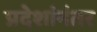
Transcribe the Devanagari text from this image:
प्रदेशांनंतर